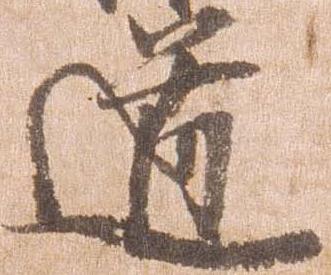
道